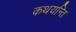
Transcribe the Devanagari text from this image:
कथयन्ति